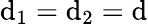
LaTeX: \mathrm{d}_{1}=\mathrm{d}_{2}=\mathrm{d}